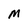
Character: M